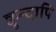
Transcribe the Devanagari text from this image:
क्वुन्दापि